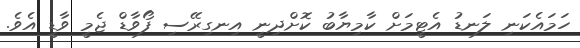
ހަމައެކަނި ލަނޑު އެޓީމަށް ކާމިޔާބު ކޮށްދިނީ އިނގިރޭސި ފޯވާޑް ޖެމީ ވާޑީ އެވެ.